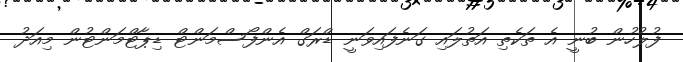
ފުލުހުން ބުނީ އެ ތަކެތި އަތުލައި ގަނެފައިވަނީ ޑްރަގް އެންފޯސްމަންޓް ޑިޕާޓްމަންޓުން މިއަދު